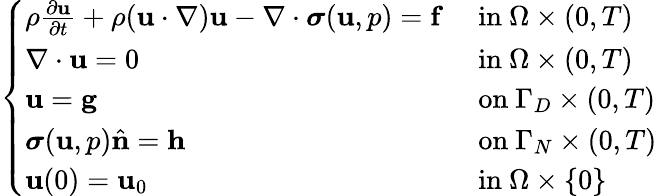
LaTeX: {\left\{ \begin{array}{ll}{\rho{\frac{\partial\mathbf{u}}{\partial t}}+\rho(\mathbf{u}\cdot\nabla)\mathbf{u}-\nabla\cdot{\boldsymbol{\sigma}}(\mathbf{u},p)=\mathbf{f}}&{{\mathrm{~in~}}\Omega\times(0,T)}\\ {\nabla\cdot\mathbf{u}=0}&{{\mathrm{~in~}}\Omega\times(0,T)}\\ {\mathbf{u}=\mathbf{g}}&{{\mathrm{~on~}}\Gamma_{D}\times(0,T)}\\ {{\boldsymbol{\sigma}}(\mathbf{u},p){\hat{\mathbf{n}}}=\mathbf{h}}&{{\mathrm{~on~}}\Gamma_{N}\times(0,T)}\\ {\mathbf{u}(0)=\mathbf{u}_{0}}&{{\mathrm{~in~}}\Omega\times\{ 0\} }\end{array}\right.}